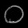
Digit: ၀